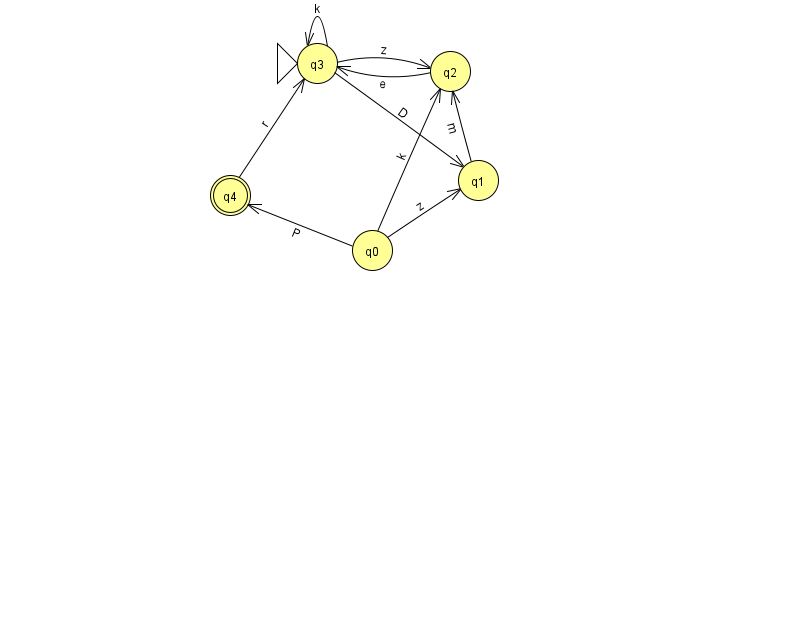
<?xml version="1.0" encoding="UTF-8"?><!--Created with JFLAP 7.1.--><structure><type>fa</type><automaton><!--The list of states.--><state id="0" name="q0"><x>372.0</x><y>237.0</y></state><state id="1" name="q1"><x>478.0</x><y>167.0</y></state><state id="2" name="q2"><x>450.0</x><y>58.0</y></state><state id="3" name="q3"><x>317.0</x><y>50.0</y><initial/></state><state id="4" name="q4"><x>230.0</x><y>182.0</y><final/></state><!--The list of transitions.--><transition><from>4</from><to>3</to><read>r</read></transition><transition><from>3</from><to>2</to><read>z</read></transition><transition><from>0</from><to>1</to><read>z</read></transition><transition><from>0</from><to>2</to><read>k</read></transition><transition><from>0</from><to>4</to><read>P</read></transition><transition><from>3</from><to>3</to><read>k</read></transition><transition><from>3</from><to>1</to><read>D</read></transition><transition><from>1</from><to>2</to><read>m</read></transition><transition><from>2</from><to>3</to><read>e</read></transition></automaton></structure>